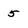
Character: 5